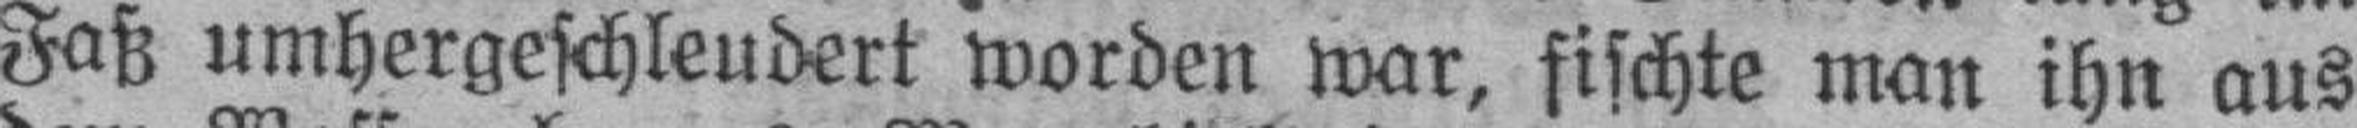
Faß umhergeschleudert worden war, fischte man ihn aus